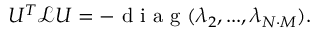
U ^ { T } \mathcal { L } U = - \mathrm { ~ d ~ i ~ a ~ g ~ } ( \lambda _ { 2 } , . . . , \lambda _ { N \cdot M } ) .